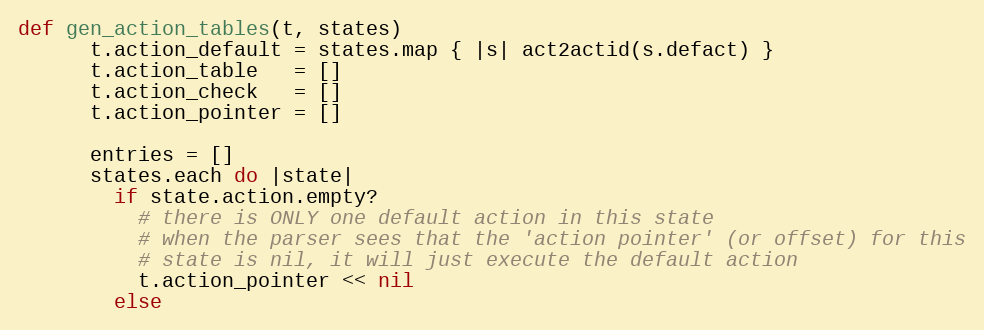
Language: Ruby
def gen_action_tables(t, states)
      t.action_default = states.map { |s| act2actid(s.defact) }
      t.action_table   = []
      t.action_check   = []
      t.action_pointer = []

      entries = []
      states.each do |state|
        if state.action.empty?
          # there is ONLY one default action in this state
          # when the parser sees that the 'action pointer' (or offset) for this
          # state is nil, it will just execute the default action
          t.action_pointer << nil
        else